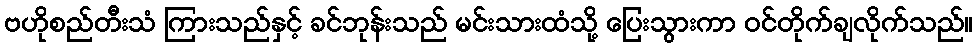
ဗဟိုစည်တီးသံ ကြားသည်နှင့် ခင်ဘုန်းသည် မင်းသားထံသို့ ပြေးသွားကာ ဝင်တိုက်ချလိုက်သည်။